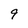
Character: 9